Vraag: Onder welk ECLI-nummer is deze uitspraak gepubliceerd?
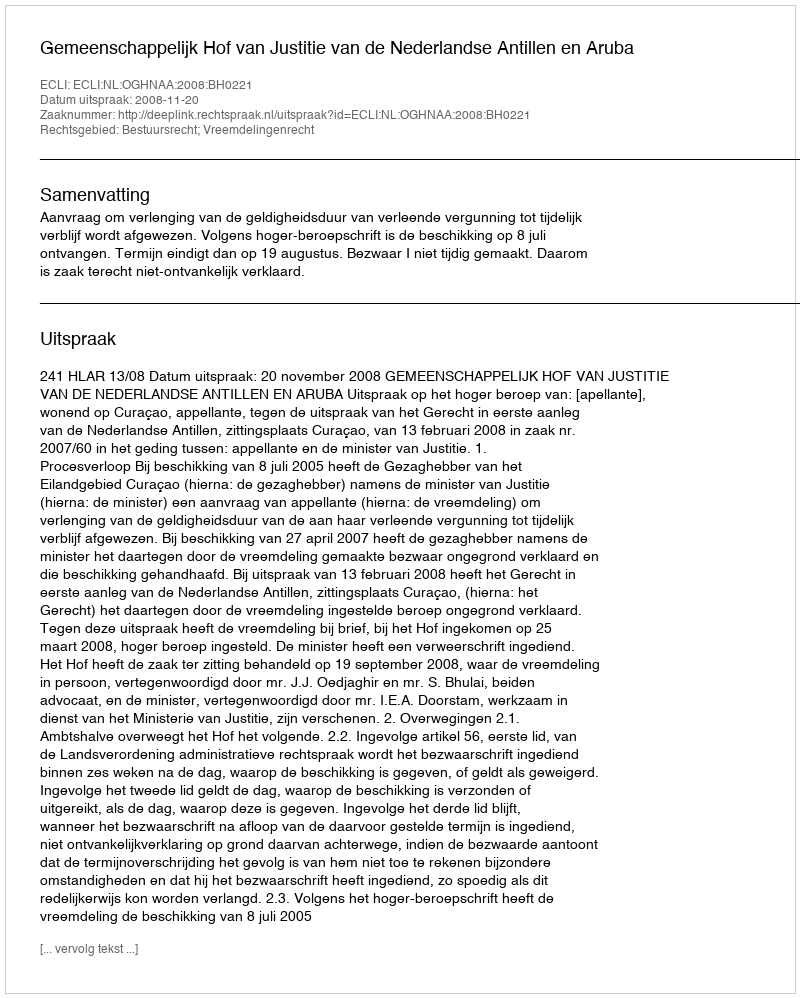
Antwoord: ECLI:NL:OGHNAA:2008:BH0221